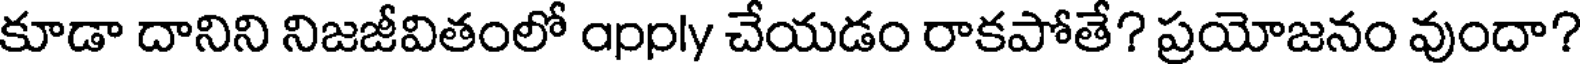
కూడా దానిని నిజజీవితంలో apply చేయడం రాకపోతే? ప్రయోజనం వుందా?